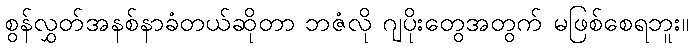
စွန်လွှတ်အနစ်နာခံတယ်ဆိုတာ ဘဇံလို ဂျပိုးတွေအတွက် မဖြစ်စေရဘူး။